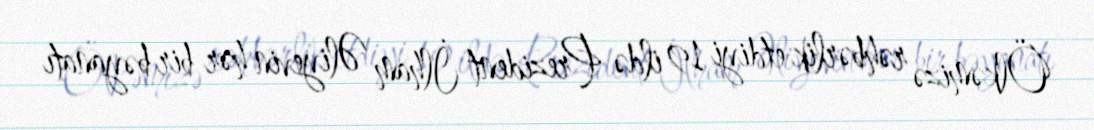
Ölkəmizə rəhbərlik etdiyi 19 ildə Prezident İlham Əliyevin hər bir bəyanatı